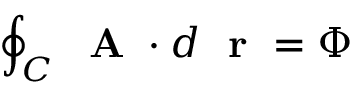
\oint _ { C } \mathrm { ~ \bf ~ A ~ } \cdot d \mathrm { ~ \bf ~ r ~ } = \Phi